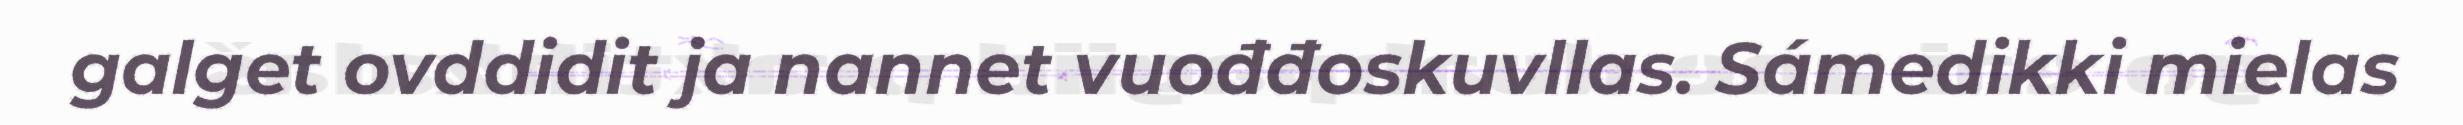
galget ovddidit ja nannet vuođđoskuvllas. Sámedikki mielas